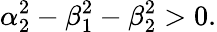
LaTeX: \alpha_{2}^{2}-\beta_{1}^{2}-\beta_{2}^{2}>0.